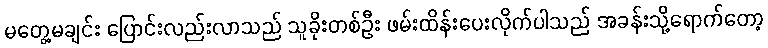
မတွေ့မချင်း ပြောင်းလည်းလာသည် သူခိုးတစ်ဦး ဖမ်းထိန်းပေးလိုက်ပါသည် အခန်းသို့ရောက်တော့